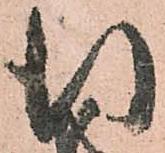
行